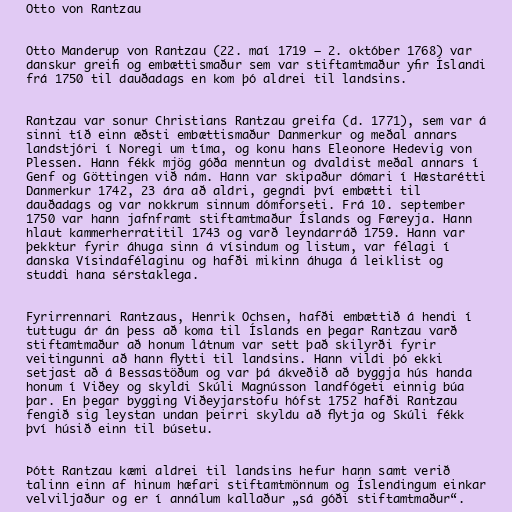
Otto von Rantzau

Otto Manderup von Rantzau (22. maí 1719 – 2. október 1768) var
danskur greifi og embættismaður sem var stiftamtmaður yfir Íslandi
frá 1750 til dauðadags en kom þó aldrei til landsins.

Rantzau var sonur Christians Rantzau greifa (d. 1771), sem var á
sinni tíð einn æðsti embættismaður Danmerkur og meðal annars
landstjóri í Noregi um tíma, og konu hans Eleonore Hedevig von
Plessen. Hann fékk mjög góða menntun og dvaldist meðal annars í
Genf og Göttingen við nám. Hann var skipaður dómari í Hæstarétti
Danmerkur 1742, 23 ára að aldri, gegndi því embætti til
dauðadags og var nokkrum sinnum dómforseti. Frá 10. september
1750 var hann jafnframt stiftamtmaður Íslands og Færeyja. Hann
hlaut kammerherratitil 1743 og varð leyndarráð 1759. Hann var
þekktur fyrir áhuga sinn á vísindum og listum, var félagi í
danska Vísindafélaginu og hafði mikinn áhuga á leiklist og
studdi hana sérstaklega.

Fyrirrennari Rantzaus, Henrik Ochsen, hafði embættið á hendi í
tuttugu ár án þess að koma til Íslands en þegar Rantzau varð
stiftamtmaður að honum látnum var sett það skilyrði fyrir
veitingunni að hann flytti til landsins. Hann vildi þó ekki
setjast að á Bessastöðum og var þá ákveðið að byggja hús handa
honum í Viðey og skyldi Skúli Magnússon landfógeti einnig búa
þar. En þegar bygging Viðeyjarstofu hófst 1752 hafði Rantzau
fengið sig leystan undan þeirri skyldu að flytja og Skúli fékk
því húsið einn til búsetu.

Þótt Rantzau kæmi aldrei til landsins hefur hann samt verið
talinn einn af hinum hæfari stiftamtmönnum og Íslendingum einkar
velviljaður og er í annálum kallaður „sá góði stiftamtmaður“.